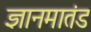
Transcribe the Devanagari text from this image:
ज्ञानमातंड